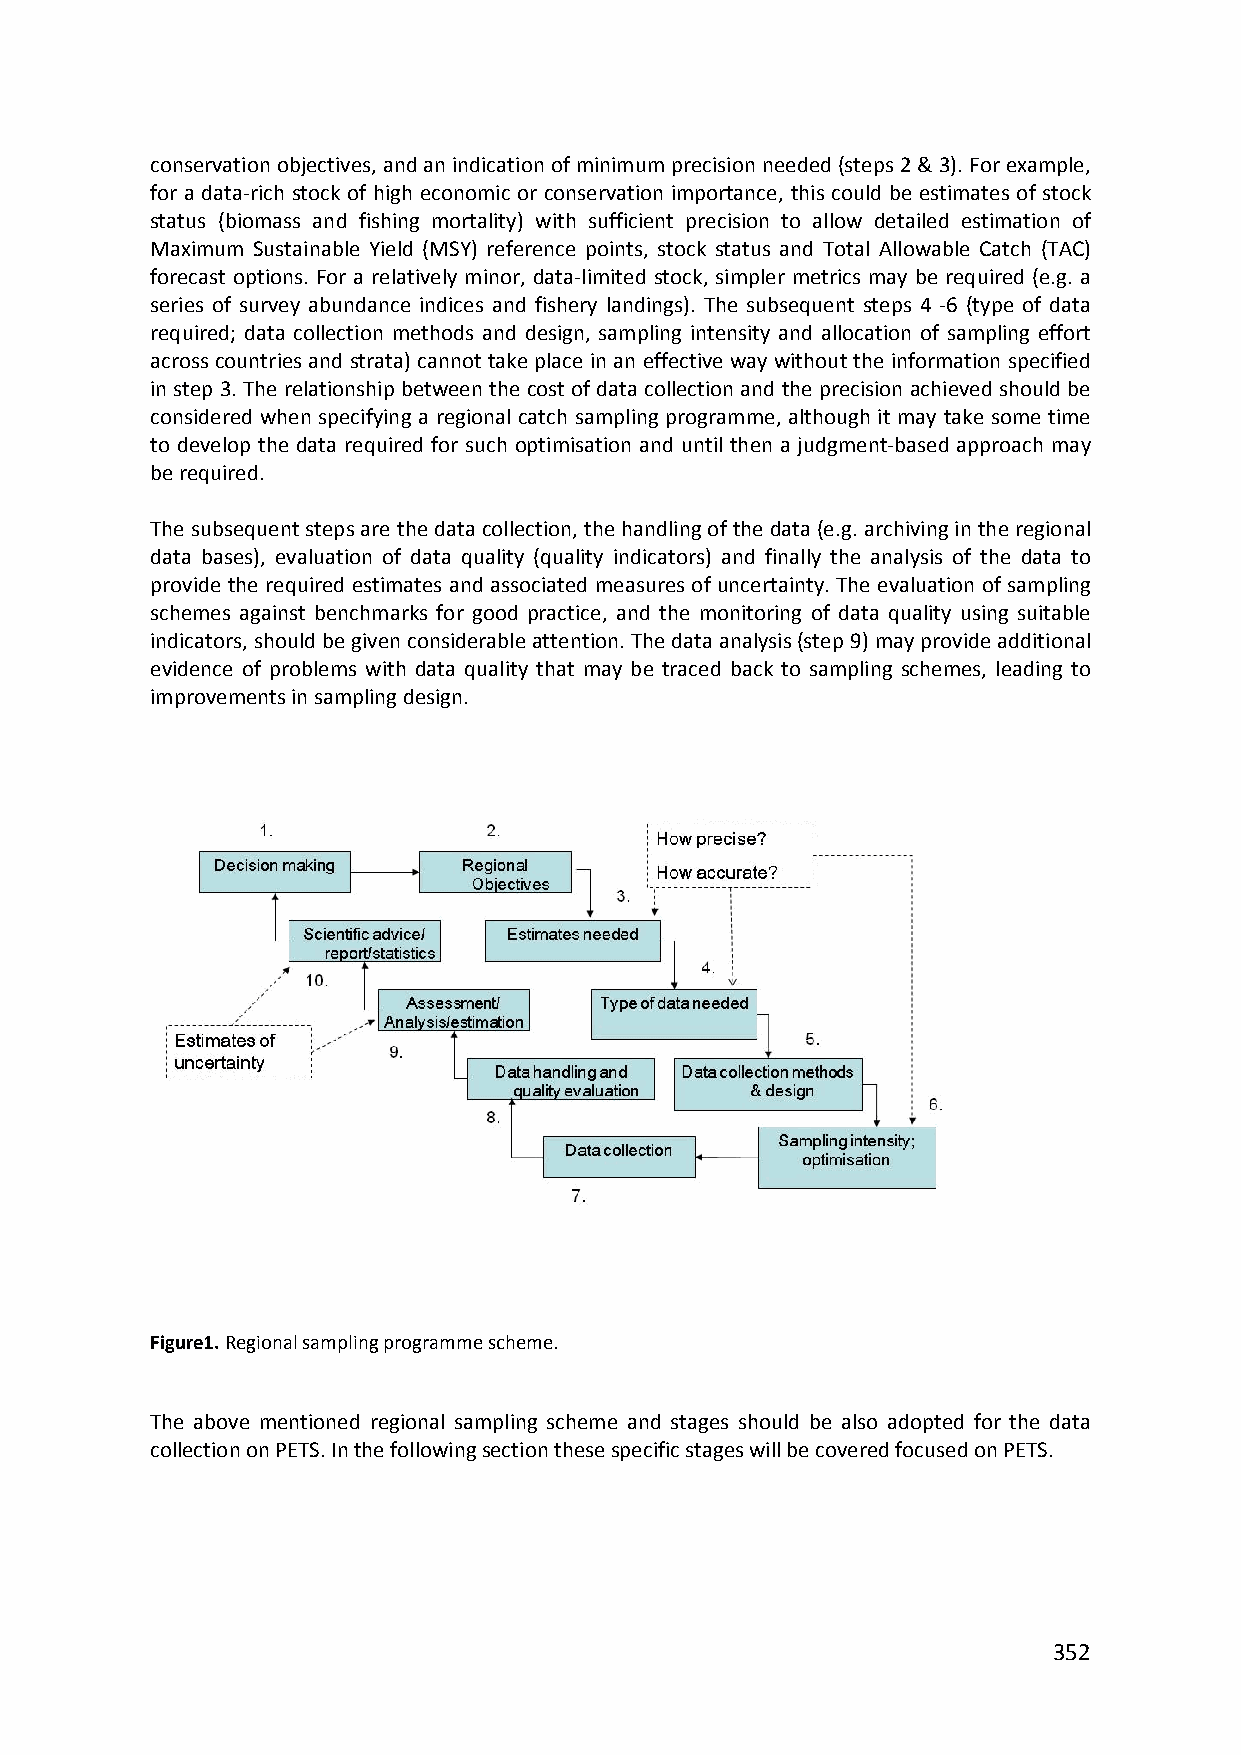
conservation objectives, and an indication of minimum precision needed (steps 2 & 3). For example,
 for a data‐rich stock of high economic or conservation importance, this could be estimates of stock
 status (biomass and fishing mortality) with sufficient precision to allow detailed estimation of
 Maximum Sustainable Yield (MSY) reference points, stock status and Total Allowable Catch (TAC)
 forecast options. For a relatively minor, data‐limited stock, simpler metrics may be required (e.g. a
 series of survey abundance indices and fishery landings). The subsequent steps 4 ‐6 (type of data
 required; data collection methods and design, sampling intensity and allocation of sampling effort
 across countries and strata) cannot take place in an effective way without the information specified
 in step 3. The relationship between the cost of data collection and the precision achieved should be
 considered when specifying a regional catch sampling programme, although it may take some time
 to develop the data required for such optimisation and until then a judgment‐based approach may
 be required.
 The subsequent steps are the data collection, the handling of the data (e.g. archiving in the regional
 data bases), evaluation of data quality (quality indicators) and finally the analysis of the data to
 provide the required estimates and associated measures of uncertainty. The evaluation of sampling
 schemes against benchmarks for good practice, and the monitoring of data quality using suitable
 indicators, should be given considerable attention. The data analysis (step 9) may provide additional
 evidence of problems with data quality that may be traced back to sampling schemes, leading to
 improvements in sampling design.
 Figure1. Regional sampling programme scheme.
 The above mentioned regional sampling scheme and stages should be also adopted for the data
 collection on PETS. In the following section these specific stages will be covered focused on PETS.
 352